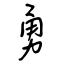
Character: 勇